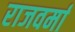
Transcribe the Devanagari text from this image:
राजवर्मा